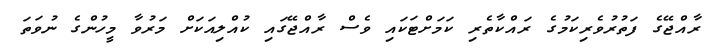
ރާއްޖޭގެ ފަތުރުވެރިކަމުގެ ރައްކާތެރި ކަމަށްޓަކައި ވެސް ރާއްޖޭގައި ކުއްލިއަކަށް މަރުވާ މީހުންގެ ނުވަތަ